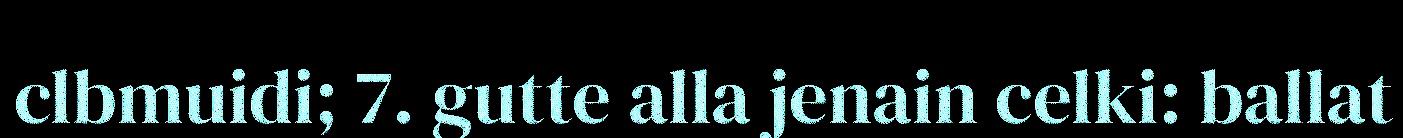
clbmuidi; 7. gutte alla jenain celki: ballat